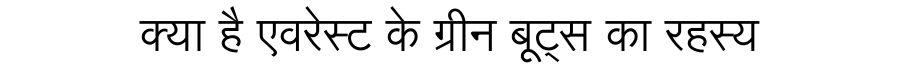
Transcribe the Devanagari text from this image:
क्या है एवरेस्ट के ग्रीन बूट्स का रहस्य